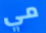
مي